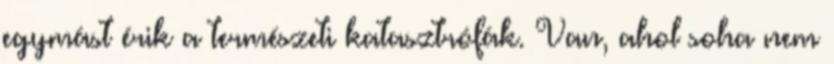
egymást érik a természeti katasztrófák. Van, ahol soha nem